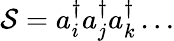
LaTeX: {\cal{S}}=a_{i}^{\dagger}a_{j}^{\dagger}a_{k}^{\dagger}\ldots